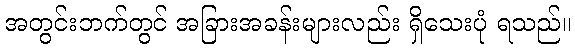
အတွင်းဘက်တွင် အခြားအခန်းများလည်း ရှိသေးပုံ ရသည်။